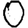
Digit: 0